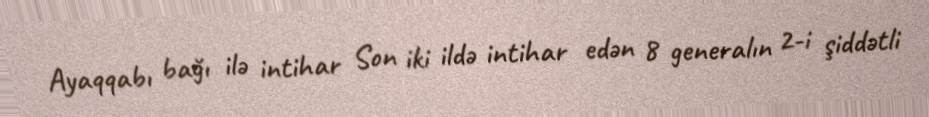
Ayaqqabı bağı ilə intihar Son iki ildə intihar edən 8 generalın 2-i şiddətli